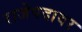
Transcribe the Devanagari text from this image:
राजेपदावर